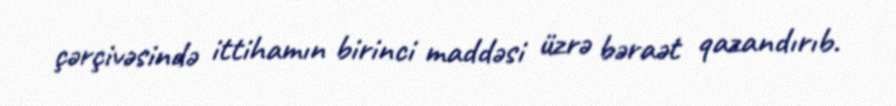
çərçivəsində ittihamın birinci maddəsi üzrə bəraət qazandırıb.